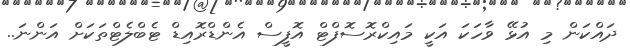
ދައްކަން މި އުޅޭ ވާހަކަ އަކީ މައިކްރޮސޮފްޓް އޮފީސް އެންޑްރޮއިޑް ޓެބްލެޓްތަކަށް އަންނަ..